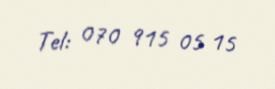
Tel: 070 915 05 15